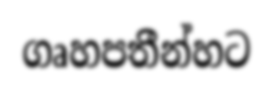
ගෘහපතීන්හට